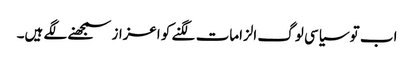
اب تو سیاسی لوگ الزامات لگنے کو اعزاز سمجھنے لگے ہیں۔